Mental hospitals Bombay report 1929-33 - 1929-1933
Year: 1929
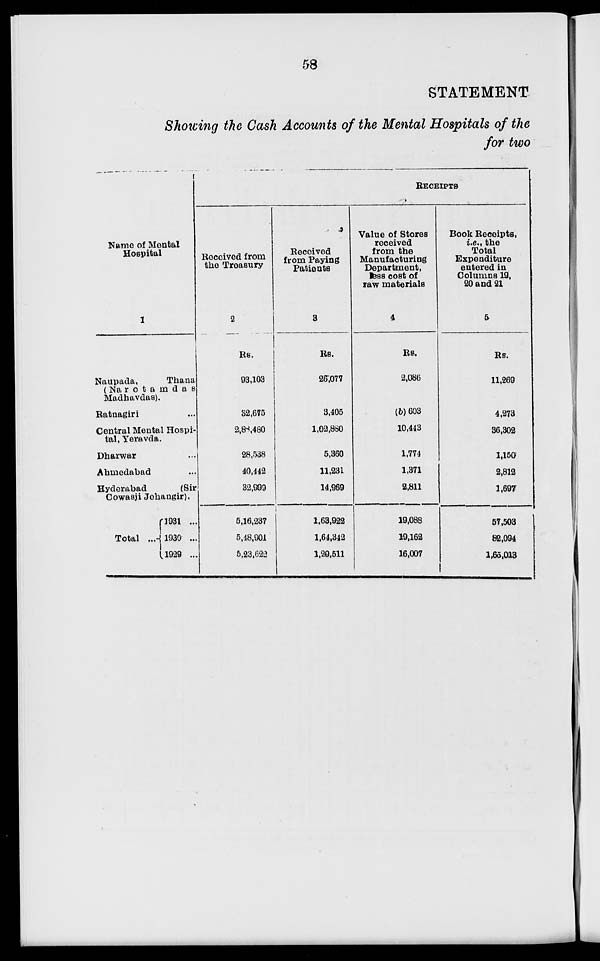
58
STATEMENT
Showing the Cash Accounts of the Mental Hospitals of the
for two
Name of Mental
Hospital
1
Naupada,
Thana
(Narotamdas
Madhavdas).
Ratnagiri ...
Central Mental Hospi-
tal, Yeravda.
Dharwar ...
Ahmedabad ...
Hyderabad
(Sir
Cowasji Jehangir).
Total ...
1931 ...
1930 ...
1929 ...
RECEIPTS
Received from
the Treasury
2
Rs.
93,103
32,675
2,88,480
28,538
40,442
32,999
5,16,237
5,48,901
5,23,622
Received
from Paying
Patients
3
Rs.
26,077
3,405
1,02,880
5,360
11,231
14,969
1,63,922
1,64,342
1,29,511
Value of Stores
received
from the
Manufacturing
Department,
less cost of
raw materials
4
Rs.
2,086
(b) 603
10,443
1,774
1,371
2,811
19,088
19,162
16,007
Book Receipts,
i.e., the
Total
Expenditure
entered in
Columns 19,
20 and 21
5
Rs.
11,269
4,273
36,302
1,150
2,812
1,697
57,503
82,094
1,65,013